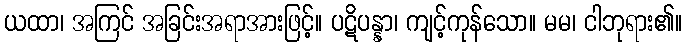
ယထာ၊ အကြင် အခြင်းအရာအားဖြင့်။ ပဋိပန္နာ၊ ကျင့်ကုန်သော။ မမ၊ ငါဘုရား၏။